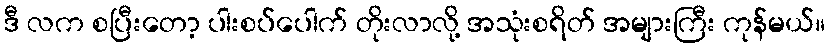
ဒီ လက စပြီးတော့ ပါးစပ်ပေါက် တိုးလာလို့ အသုံးစရိတ် အများကြီး ကုန်မယ်။